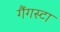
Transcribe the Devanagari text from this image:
गैंगस्टा